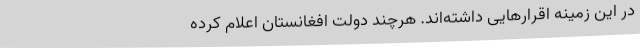
در این زمینه اقرارهایی داشته‌اند. هرچند دولت افغانستان اعلام کرده